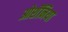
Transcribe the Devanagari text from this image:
ओशॅनिया